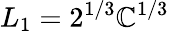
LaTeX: L_{1}=2^{1/3}\mathbb{C}^{1/3}